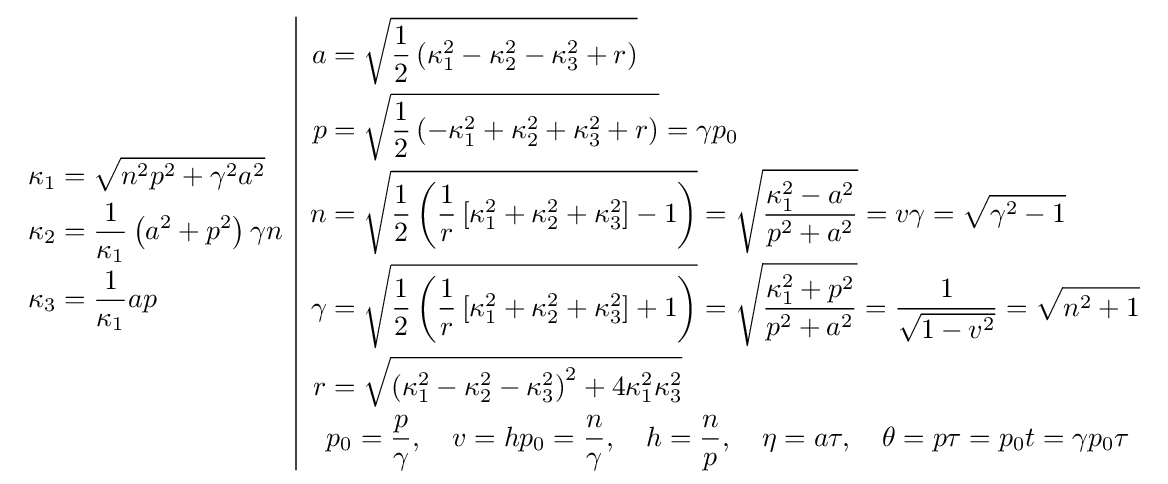
{\begin{array}{c|c}{\begin{aligned}\kappa _{1}&={\sqrt {n^{2}p^{2}+\gamma ^{2}a^{2}}}\\\kappa _{2}&={\frac {1}{\kappa _{1}}}\left(a^{2}+p^{2}\right)\gamma n\\\kappa _{3}&={\frac {1}{\kappa _{1}}}ap\end{aligned}}&{\begin{aligned}a&={\sqrt {{\frac {1}{2}}\left(\kappa _{1}^{2}-\kappa _{2}^{2}-\kappa _{3}^{2}+r\right)}}\\p&={\sqrt {{\frac {1}{2}}\left(-\kappa _{1}^{2}+\kappa _{2}^{2}+\kappa _{3}^{2}+r\right)}}=\gamma p_{0}\\n&={\sqrt {{\frac {1}{2}}\left({\frac {1}{r}}\left[\kappa _{1}^{2}+\kappa _{2}^{2}+\kappa _{3}^{2}\right]-1\right)}}={\sqrt {\frac {\kappa _{1}^{2}-a^{2}}{p^{2}+a^{2}}}}=v\gamma ={\sqrt {\gamma ^{2}-1}}\\\gamma &={\sqrt {{\frac {1}{2}}\left({\frac {1}{r}}\left[\kappa _{1}^{2}+\kappa _{2}^{2}+\kappa _{3}^{2}\right]+1\right)}}={\sqrt {\frac {\kappa _{1}^{2}+p^{2}}{p^{2}+a^{2}}}}={\frac {1}{\sqrt {1-v^{2}}}}={\sqrt {n^{2}+1}}\\r&={\sqrt {\left(\kappa _{1}^{2}-\kappa _{2}^{2}-\kappa _{3}^{2}\right)^{2}+4\kappa _{1}^{2}\kappa _{3}^{2}}}\\&p_{0}={\frac {p}{\gamma }},\quad v=hp_{0}={\frac {n}{\gamma }},\quad h={\frac {n}{p}},\quad \eta =a\tau ,\quad \theta =p\tau =p_{0}t=\gamma p_{0}\tau \end{aligned}}\end{array}}